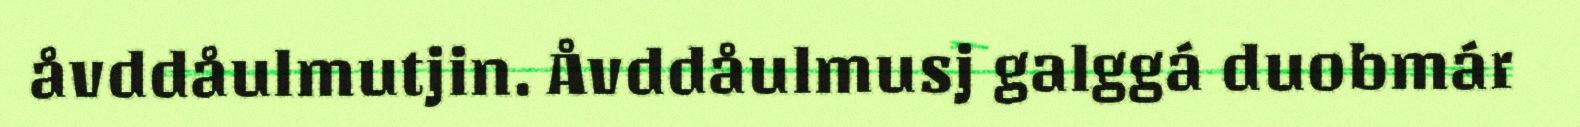
åvddåulmutjin. Åvddåulmusj galggá duobmár